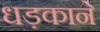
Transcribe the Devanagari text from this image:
धड़काने